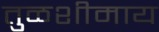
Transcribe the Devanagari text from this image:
तुळशीमाय